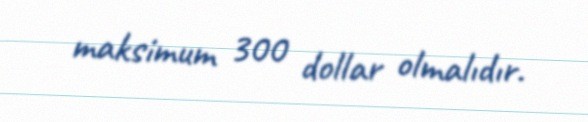
maksimum 300 dollar olmalıdır.